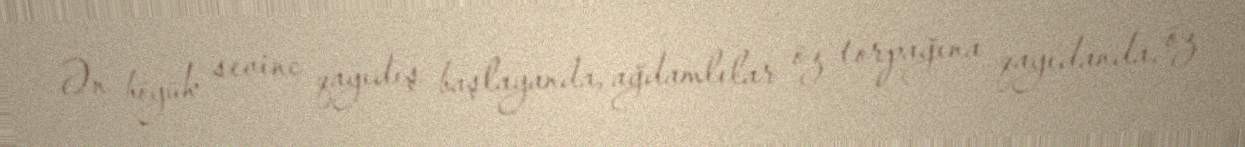
Ən böyük sevinc qayıdış başlayanda, ağdamlılar öz torpağına qayıdanda, öz